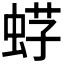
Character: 𧋫